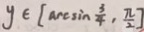
y \in [ \arcsin \frac { 3 } { 4 } , \frac { \pi } { 2 } ]